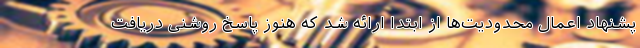
پشنهاد اعمال محدودیت‌ها از ابتدا ارائه شد که هنوز پاسخ روشنی دریافت